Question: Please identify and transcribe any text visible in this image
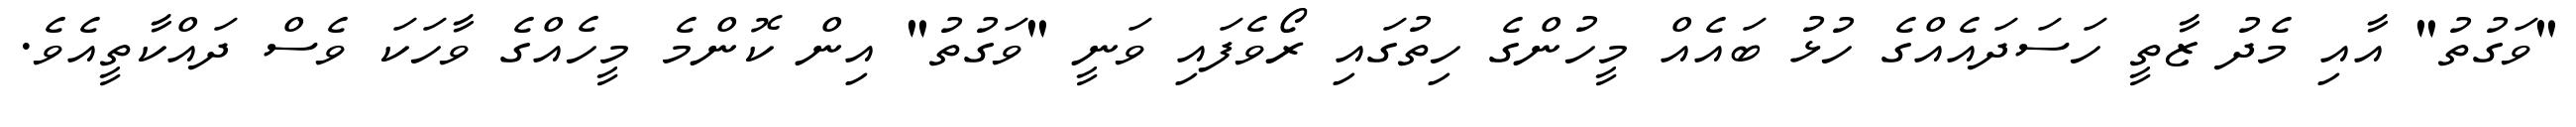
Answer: "ވަގުތު" އާއި މެދު ޒާތީ ހަސަދައެއްގެ ހުޅު ބައެއް މީހުންގެ ހިތުގައި ރޯވެފައި ވަނީ "ވަގުތު" އިން ކޮންމެ މީހެއްގެ ވާހަކަ ވެސް ދައްކާތީއެވެ.